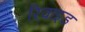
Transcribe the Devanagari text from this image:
रिवाइड